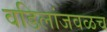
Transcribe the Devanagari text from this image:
वडिलांजवळच